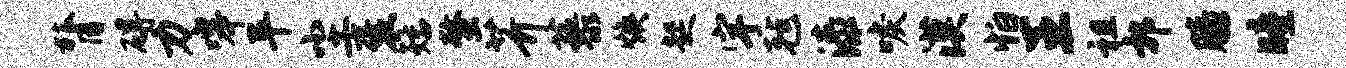
膂碍力嗥平尘褒矮螯芥藜焕起宇毡漆唳漠怕王祖郭膝瞳